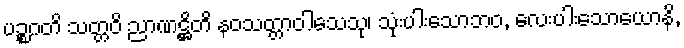
ပဉ္စဂတိ သတ္တဝိ ညာဏဋ္ဌိတိ နဝသတ္တာဝါသေသု၊ သုံးပါးသောဘဝ, လေးပါးသောယောနိ,